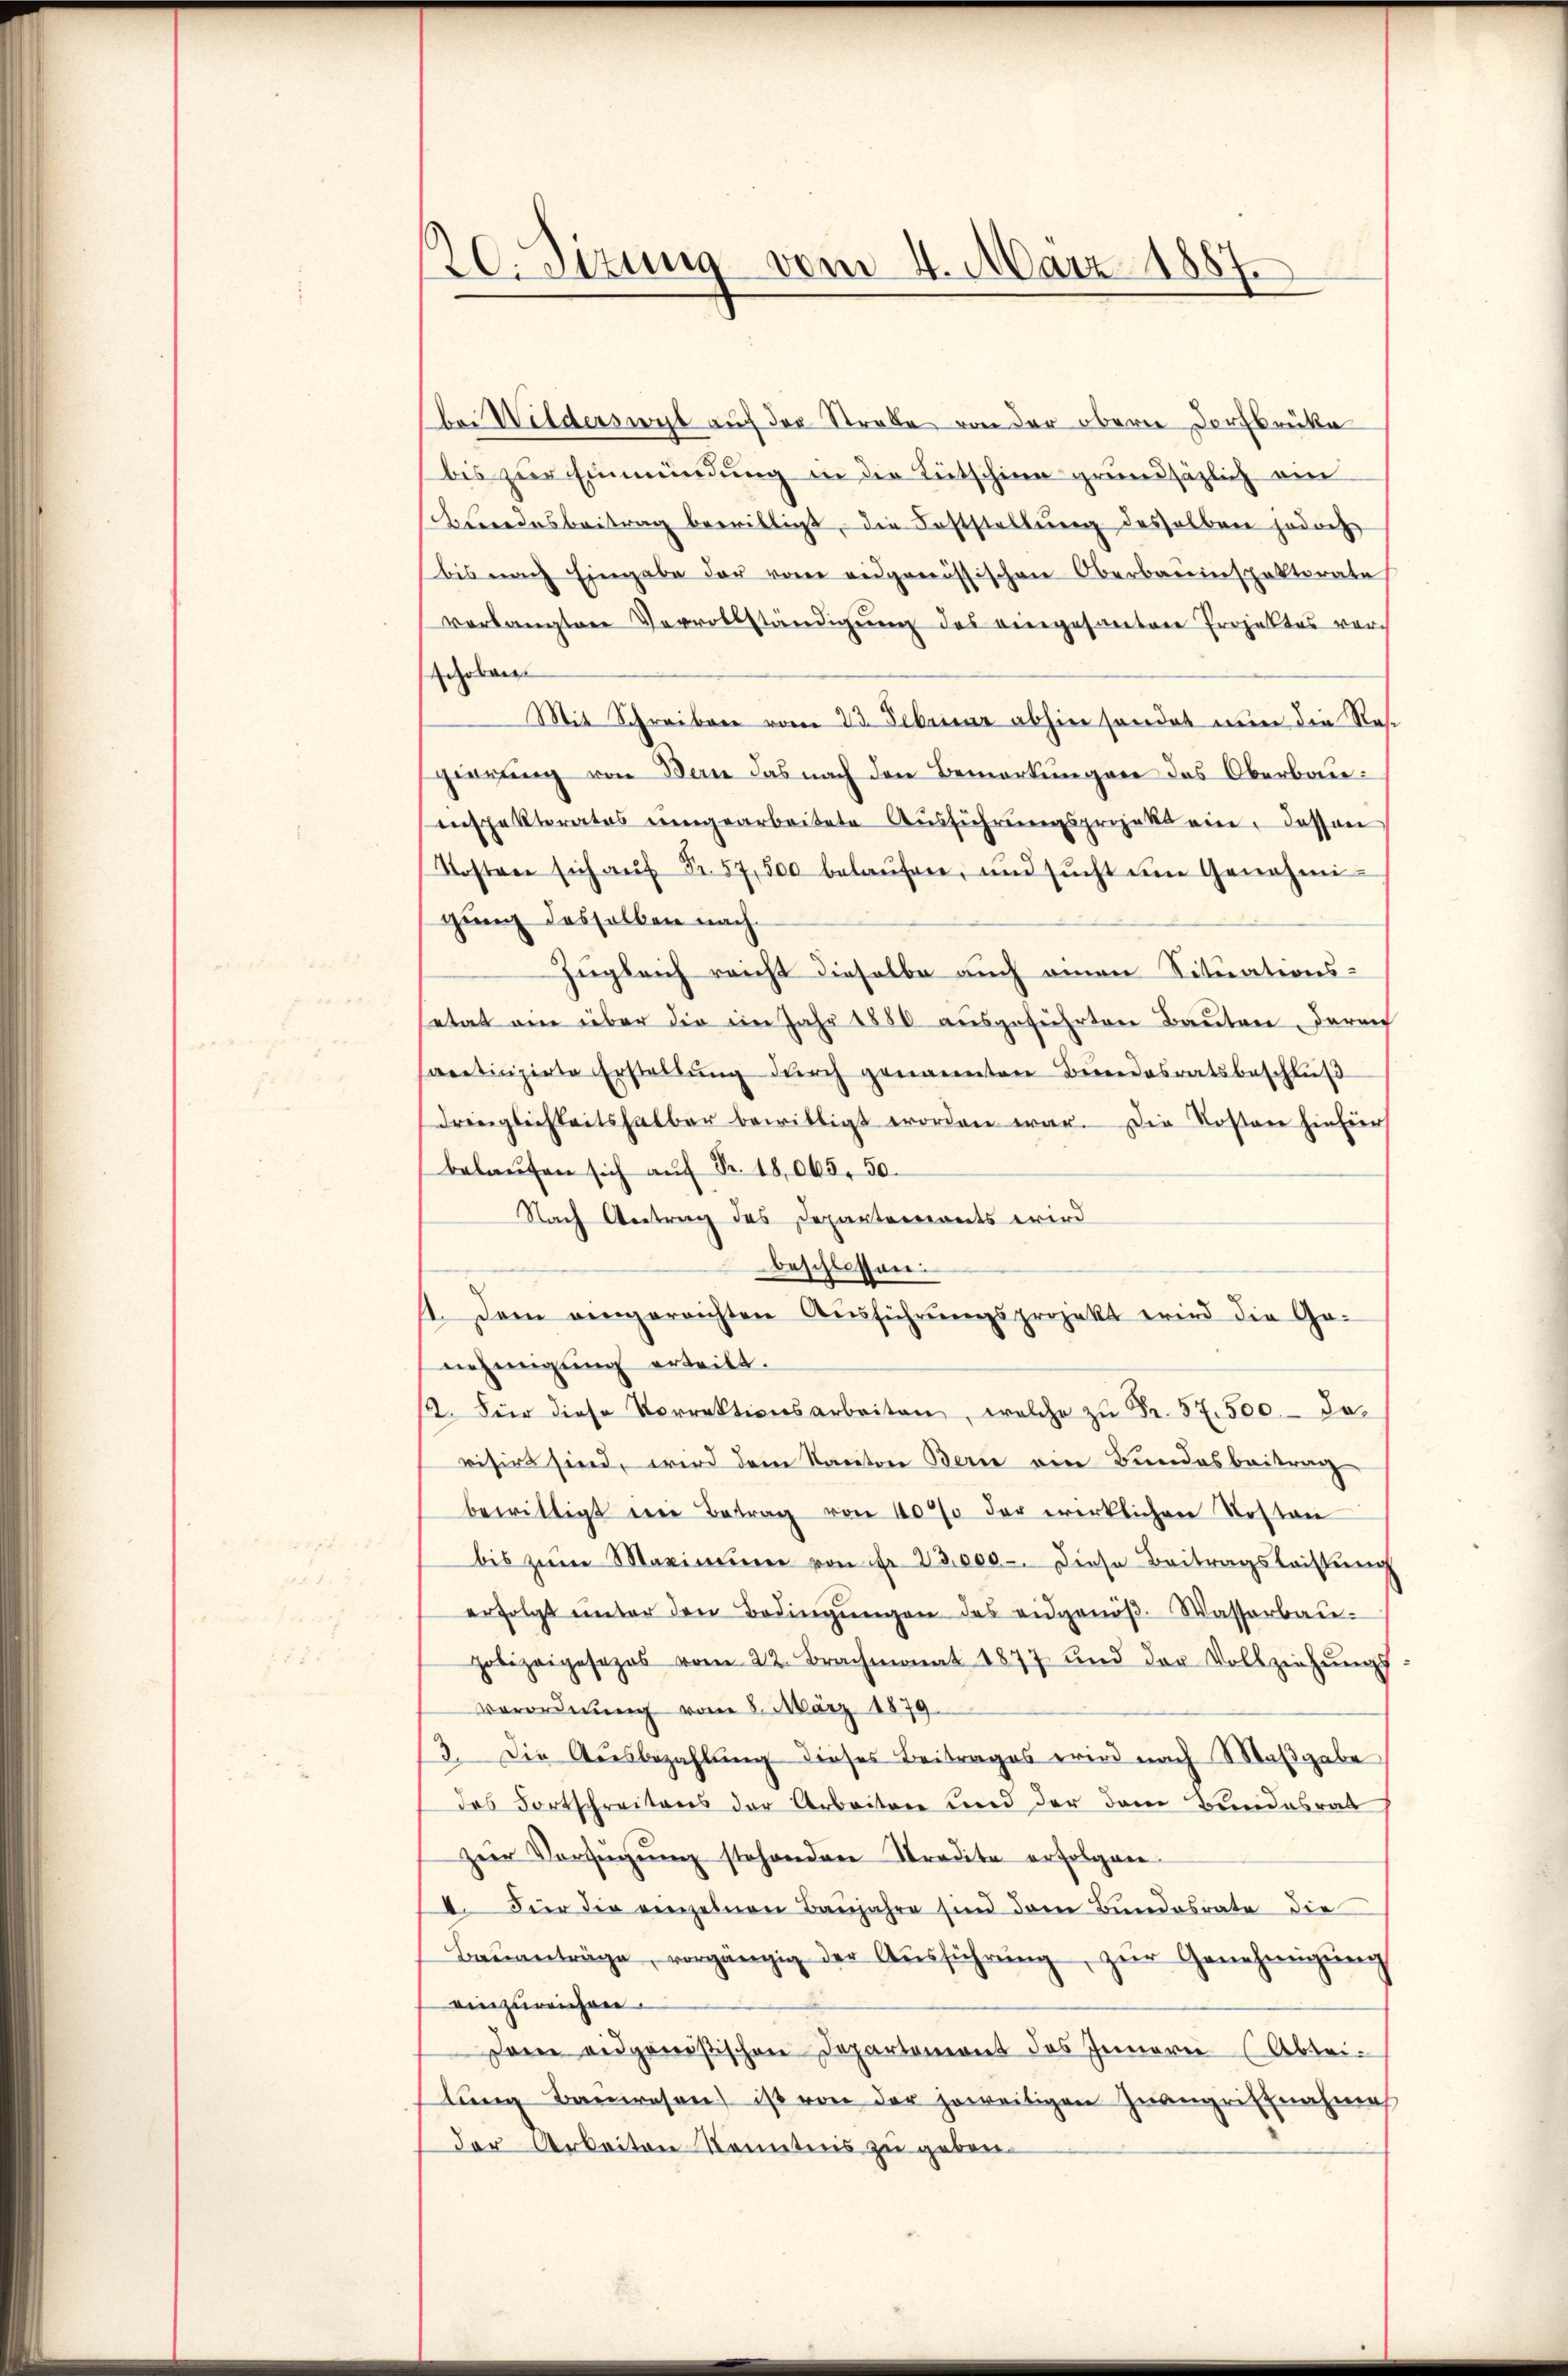
20. Sizung vom 4. März 1887

bei Wilderswyl auf der Strabe von der obern Dorfbrüke
bis zŭr Einmündung in die Entschine grundsätzlich ein
Beendesbeitrag bewilligt, die Feststellung desselben jedoch
bis nach Eingabe der vom eidgenössischen Oberbauinspektorate
verlangten Vervollständigŭng des vergesantere Projektes ver-
schoben
Mit Schreiben vom 23. Februar abhin sondet nun die Res.
gierung von Bern das nach den Bemerkungen das Oberbauenspektorates eingearbeitete Ausführungsprojekt ein. Dassen
Kosten sich aŭf Fr. 57,500 belaŭfen, und sŭcht im Genehmi-
gung desselben nach
Zugleich reicht dieselbe auch einen Situationssetat ein über die im Jahr 1880 ausgeführten Bauten darauf
partinizirte Erstellŭng dŭrch genannten Bundesratsbeschlŭβ
dringlichkeitshalber bewilligt worden war. Die Kosten hiefür
belaŭfen sich aŭf Fr. 18,065. 50.
Nach Antrag des Departements wird
beschlossen.
1. Dem eingereichten Aŭsführŭngsprojekt wird die Ge-
nehmigung erteilt.
12. Für diese Vorrektionsarbeiten, welche zŭ Fr. 57. 500.- Jovisirt sind, wird dem Kanton Berne ein Bundesbeitrag
bewilligt den Betrag von 40% der wirklichen Kosten
bis zŭm Maximier von Fr. 23,000. Diese Beitragsleistung
erfolgt unter den Bedingŭngen des eidgenöβ. Wasserbau-
polizeigesezes vom 22. Brachmonat 1877 und der Vollziehŭngs
Verordnung vom 8. März 1879.
13. Die Aŭsbezahlŭng dieses Beitrages wird nach Maβgabe
des Fortschreitens der Arbeiten und der dem Bundesrat
zŭr Verfügŭng stehenden Stradita erfolgen.
I. Für die einzelnen Baŭjahre sind dem Bundesrate die
Baŭanträge, vorgängig der Aŭsführŭng zŭr Genehmigŭng
einzureichen.
Dam eidgenößischen Departement des Innerei (Abtei-
lung Bauwesen ist von der jeweitigen Zwangriffnahme
der Arbeiten Kenntens zu geben.